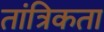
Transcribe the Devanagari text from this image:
तांत्रिकता